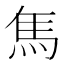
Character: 𩡨